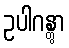
ဥပါဂန္တွာ